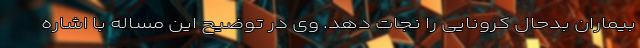
بیماران بدحال کرونایی را نجات دهد. وی در توضیح این مساله با اشاره